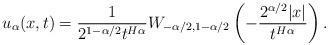
LaTeX: \begin{align*}u_{\alpha}(x,t)=\frac{1}{2^{1-\alpha/2}t^{H\alpha}}W_{-\alpha/2, 1-\alpha/2}\left(-\frac{2^{\alpha/2}|x|}{t^{H\alpha}}\right).\end{align*}